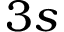
3 s